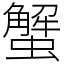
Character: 蟹